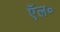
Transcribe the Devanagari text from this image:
ऍल॰